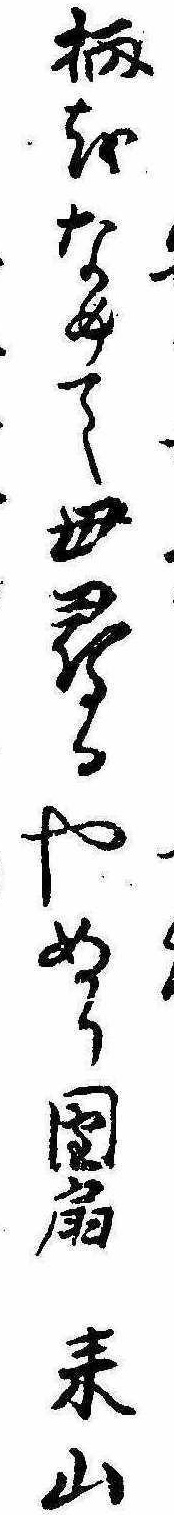
柄をなめて母尋るやぬり団扇来山